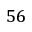
5 6